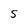
Character: 5